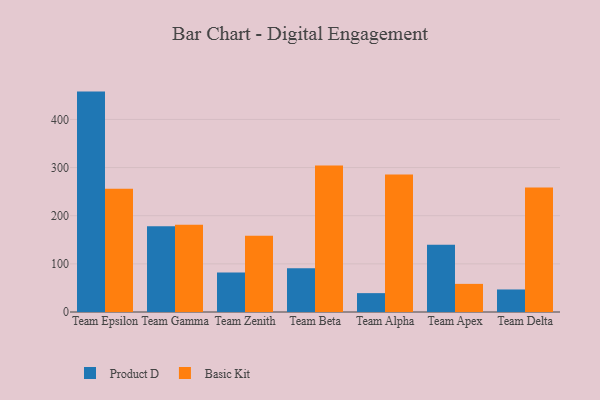
{"axis": {"x": "Team", "y": "Backlog"}, "legend": ["Basic Kit", "Product D"], "data": [{"x": "Team Epsilon", "y": 457.8, "type": "Product D"}, {"x": "Team Epsilon", "y": 255.8, "type": "Basic Kit"}, {"x": "Team Gamma", "y": 178.3, "type": "Product D"}, {"x": "Team Gamma", "y": 181.4, "type": "Basic Kit"}, {"x": "Team Zenith", "y": 82.0, "type": "Product D"}, {"x": "Team Zenith", "y": 158.3, "type": "Basic Kit"}, {"x": "Team Beta", "y": 90.8, "type": "Product D"}, {"x": "Team Beta", "y": 304.4, "type": "Basic Kit"}, {"x": "Team Alpha", "y": 39.2, "type": "Product D"}, {"x": "Team Alpha", "y": 285.6, "type": "Basic Kit"}, {"x": "Team Apex", "y": 139.6, "type": "Product D"}, {"x": "Team Apex", "y": 58.4, "type": "Basic Kit"}, {"x": "Team Delta", "y": 46.8, "type": "Product D"}, {"x": "Team Delta", "y": 258.5, "type": "Basic Kit"}]}